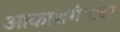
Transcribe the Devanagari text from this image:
आकाशगंगांवर